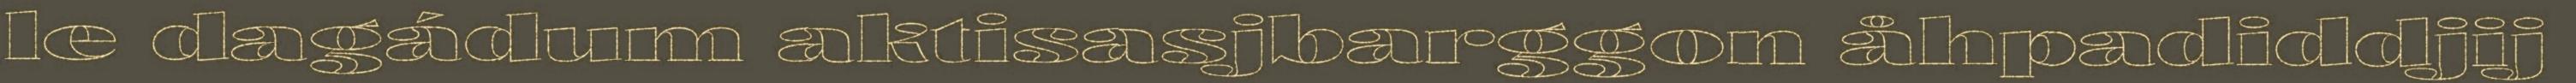
le dagádum aktisasjbarggon åhpadiddjij